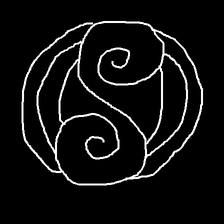
Glyph: wind-underfoot